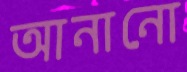
আনানো